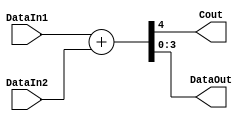
module HC_283(DataIn1, DataIn2, Cout, DataOut);
	input [3:0] DataIn1;		
	input [3:0] DataIn2;		
	
	output Cout;
	output [3:0] DataOut;
	
	reg [3:0] DataOut;
	reg Cout;
	
	integer I;
	
	always@(DataIn1 or DataIn2)
		begin
			{Cout, DataOut} = DataIn1 + DataIn2;
		end
endmodule